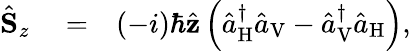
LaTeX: \begin{array}{rlr}{\hat{\mathbf S}_{z}}&{{}=}&{(-i)\hbar\hat{\mathbf z}\left(\hat{a}_{\mathrm{H}}^{\dagger}\hat{a}_{\mathrm{V}}-\hat{a}_{\mathrm{V}}^{\dagger}\hat{a}_{\mathrm{H}}\right),}\end{array}